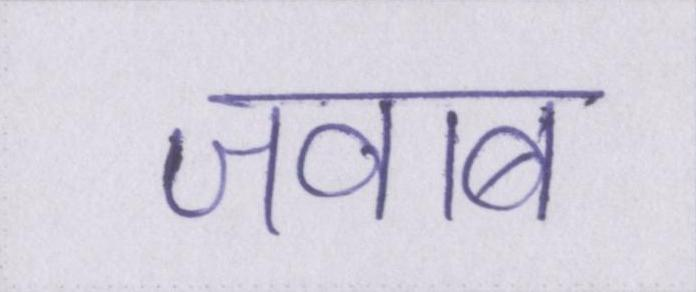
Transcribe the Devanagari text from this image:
जवाब